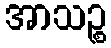
အာသဉ္စ